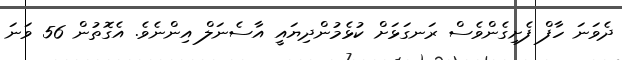
ދެވަނަ ހާފް ފެށިގެންވެސް ރަނގަޅަށް ކުޅެމުންދިޔައީ އާސެނަލް އިންނެވެ. އެގޮތުން 56 ވަނަ